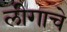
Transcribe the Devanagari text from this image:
लीगाचे